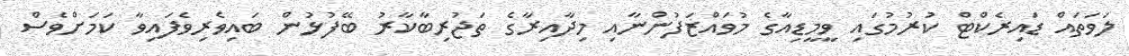
ލަވަތައް ޑައިރެކްޓް ކުރުމުގައި ވީމީޑިއާގެ މުވައްޒަފުންނާއި މިދާއިރާގެ ތަޖުރިބާކާރު ބޭފުޅުން ބައިވެރިވެފައިވާ ކަމަށްވެސް